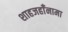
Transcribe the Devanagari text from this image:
शाहजहाँनामा